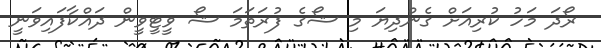
ރޯދަ މަހު ކުރިއަށް ގެންދިޔަ މި ޝޯގެ ފުރަތަމަ ޝޯ ވީޓީވީން ދައްކާފައިވަނީ